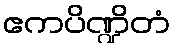
ဧကပိဏ္ဍိတံ